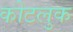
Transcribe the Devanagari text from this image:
कोटलुक